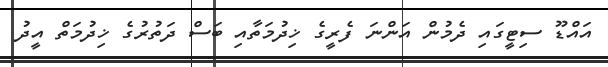
އައްޑޫ ސިޓީގައި ދެމުން އަންނަ ފެރީގެ ޚިދުމަތާއި ބަސް ދަތުރުގެ ޚިދުމަތް އީދު